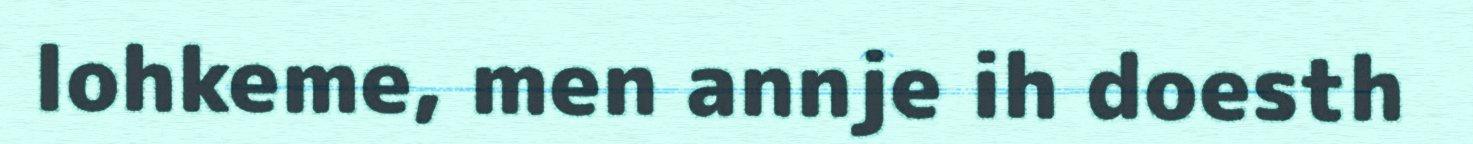
lohkeme, men annje ih doesth